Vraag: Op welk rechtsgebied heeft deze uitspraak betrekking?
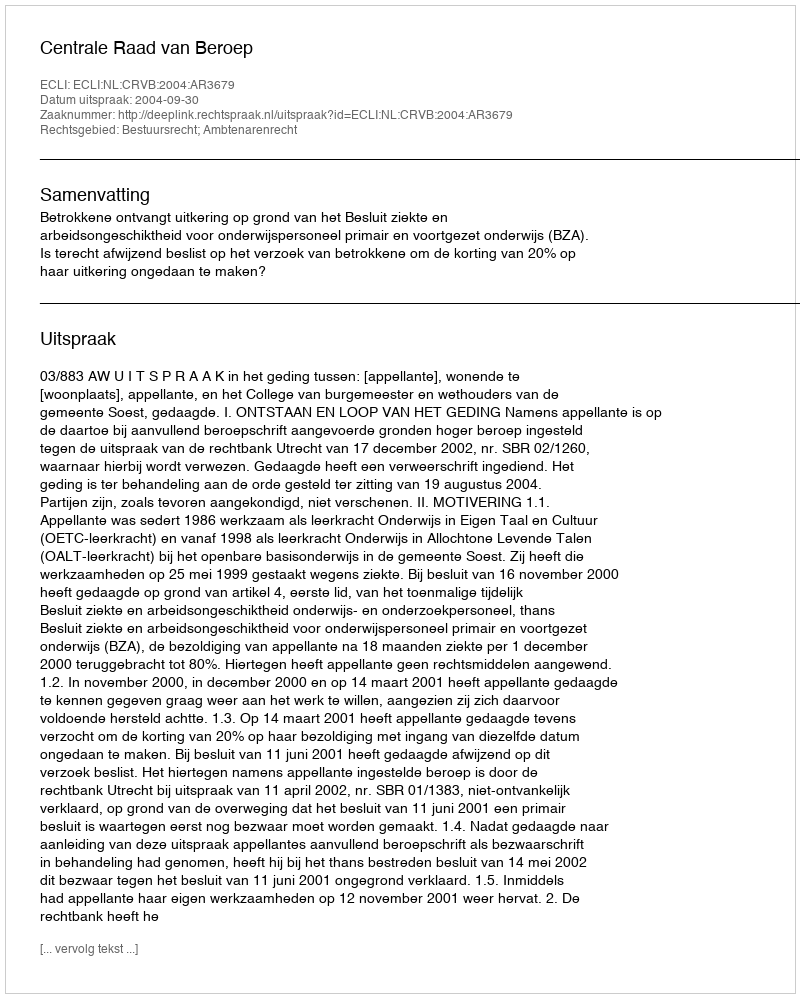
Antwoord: Bestuursrecht; Ambtenarenrecht